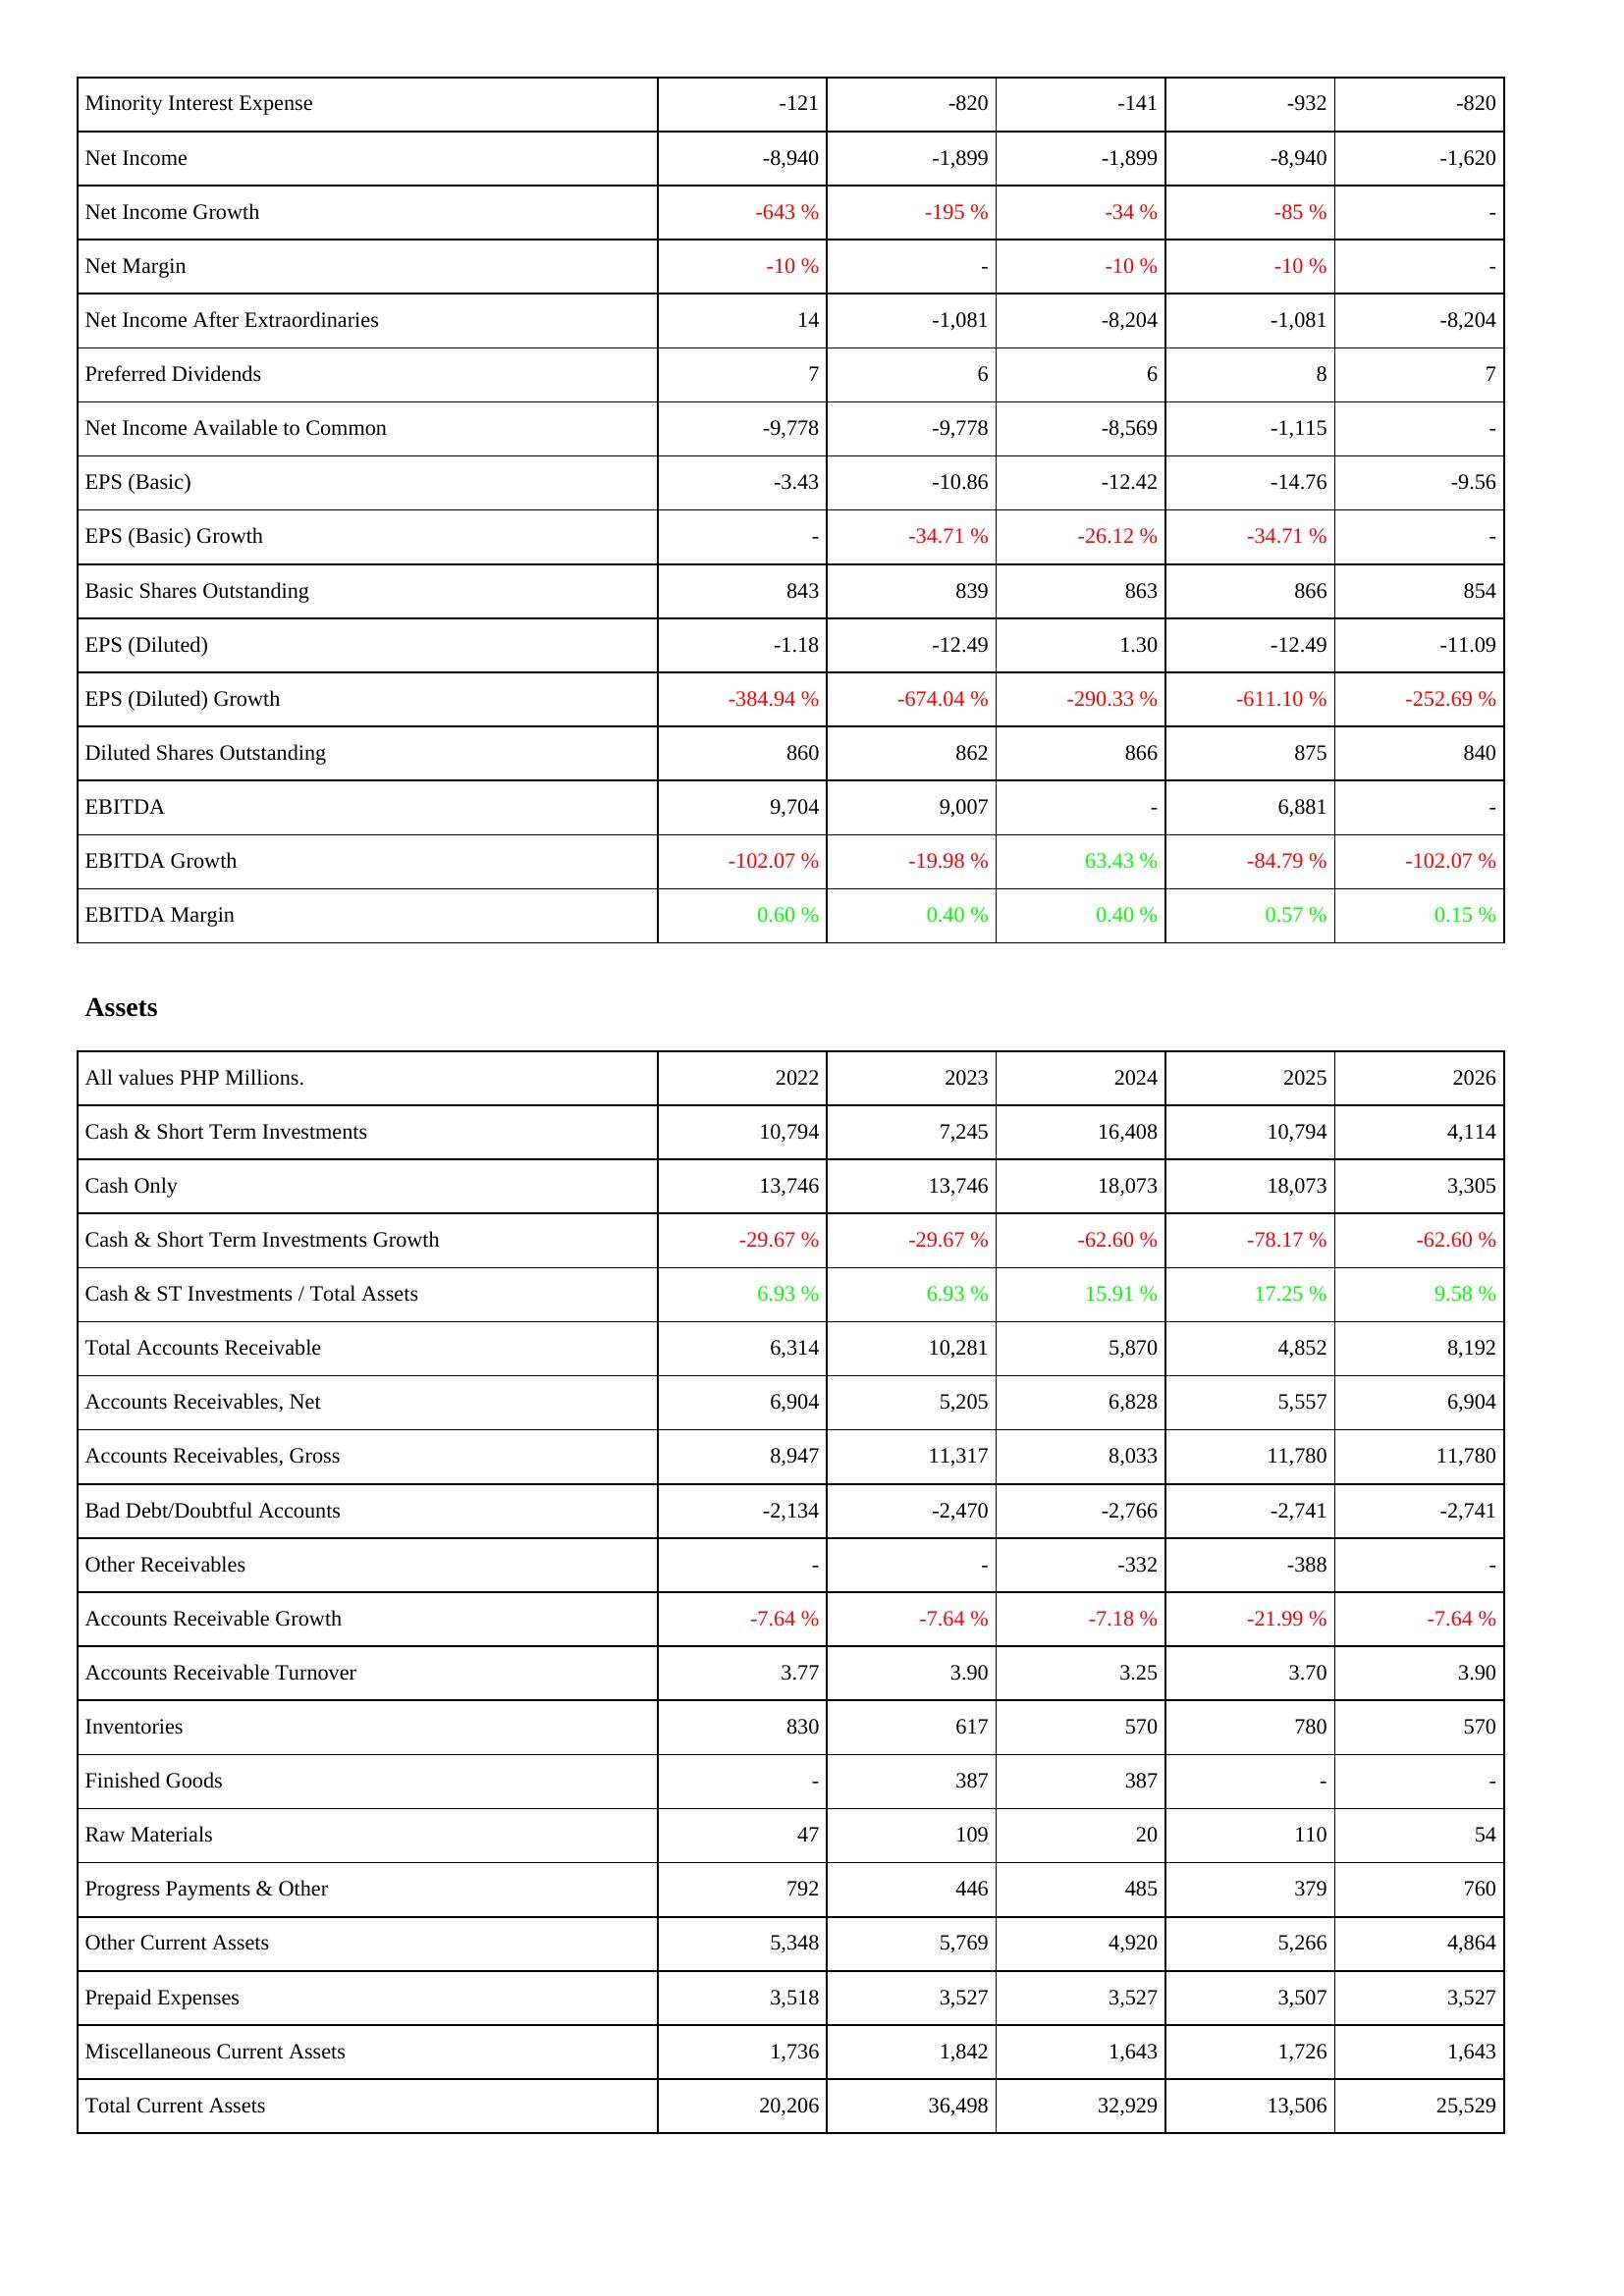
2022: Income Statement: Minority Interest Expense: -121
Net Income: -8,940
Net Income Growth: -643 %
Net Margin: -10 %
Net Income After Extraordinaries: 14
Preferred Dividends: 7
Net Income Available to Common: -9,778
EPS (Basic): -3.43
EPS (Basic) Growth: -
Basic Shares Outstanding: 843
EPS (Diluted): -1.18
EPS (Diluted) Growth: -384.94 %
Diluted Shares Outstanding: 860
EBITDA: 9,704
EBITDA Growth: -102.07 %
EBITDA Margin: 0.60 %
Assets: Cash & Short Term Investments: 10,794
Cash Only: 13,746
Cash & Short Term Investments Growth: -29.67 %
Cash & ST Investments / Total Assets: 6.93 %
Total Accounts Receivable: 6,314
Accounts Receivables, Net: 6,904
Accounts Receivables, Gross: 8,947
Bad Debt/Doubtful Accounts: -2,134
Other Receivables: -
Accounts Receivable Growth: -7.64 %
Accounts Receivable Turnover: 3.77
Inventories: 830
Finished Goods: -
Raw Materials: 47
Progress Payments & Other: 792
Other Current Assets: 5,348
Prepaid Expenses: 3,518
Miscellaneous Current Assets: 1,736
Total Current Assets: 20,206
2023: Income Statement: Minority Interest Expense: -820
Net Income: -1,899
Net Income Growth: -195 %
Net Margin: -
Net Income After Extraordinaries: -1,081
Preferred Dividends: 6
Net Income Available to Common: -9,778
EPS (Basic): -10.86
EPS (Basic) Growth: -34.71 %
Basic Shares Outstanding: 839
EPS (Diluted): -12.49
EPS (Diluted) Growth: -674.04 %
Diluted Shares Outstanding: 862
EBITDA: 9,007
EBITDA Growth: -19.98 %
EBITDA Margin: 0.40 %
Assets: Cash & Short Term Investments: 7,245
Cash Only: 13,746
Cash & Short Term Investments Growth: -29.67 %
Cash & ST Investments / Total Assets: 6.93 %
Total Accounts Receivable: 10,281
Accounts Receivables, Net: 5,205
Accounts Receivables, Gross: 11,317
Bad Debt/Doubtful Accounts: -2,470
Other Receivables: -
Accounts Receivable Growth: -7.64 %
Accounts Receivable Turnover: 3.90
Inventories: 617
Finished Goods: 387
Raw Materials: 109
Progress Payments & Other: 446
Other Current Assets: 5,769
Prepaid Expenses: 3,527
Miscellaneous Current Assets: 1,842
Total Current Assets: 36,498
2024: Income Statement: Minority Interest Expense: -141
Net Income: -1,899
Net Income Growth: -34 %
Net Margin: -10 %
Net Income After Extraordinaries: -8,204
Preferred Dividends: 6
Net Income Available to Common: -8,569
EPS (Basic): -12.42
EPS (Basic) Growth: -26.12 %
Basic Shares Outstanding: 863
EPS (Diluted): 1.30
EPS (Diluted) Growth: -290.33 %
Diluted Shares Outstanding: 866
EBITDA: -
EBITDA Growth: 63.43 %
EBITDA Margin: 0.40 %
Assets: Cash & Short Term Investments: 16,408
Cash Only: 18,073
Cash & Short Term Investments Growth: -62.60 %
Cash & ST Investments / Total Assets: 15.91 %
Total Accounts Receivable: 5,870
Accounts Receivables, Net: 6,828
Accounts Receivables, Gross: 8,033
Bad Debt/Doubtful Accounts: -2,766
Other Receivables: -332
Accounts Receivable Growth: -7.18 %
Accounts Receivable Turnover: 3.25
Inventories: 570
Finished Goods: 387
Raw Materials: 20
Progress Payments & Other: 485
Other Current Assets: 4,920
Prepaid Expenses: 3,527
Miscellaneous Current Assets: 1,643
Total Current Assets: 32,929
2025: Income Statement: Minority Interest Expense: -932
Net Income: -8,940
Net Income Growth: -85 %
Net Margin: -10 %
Net Income After Extraordinaries: -1,081
Preferred Dividends: 8
Net Income Available to Common: -1,115
EPS (Basic): -14.76
EPS (Basic) Growth: -34.71 %
Basic Shares Outstanding: 866
EPS (Diluted): -12.49
EPS (Diluted) Growth: -611.10 %
Diluted Shares Outstanding: 875
EBITDA: 6,881
EBITDA Growth: -84.79 %
EBITDA Margin: 0.57 %
Assets: Cash & Short Term Investments: 10,794
Cash Only: 18,073
Cash & Short Term Investments Growth: -78.17 %
Cash & ST Investments / Total Assets: 17.25 %
Total Accounts Receivable: 4,852
Accounts Receivables, Net: 5,557
Accounts Receivables, Gross: 11,780
Bad Debt/Doubtful Accounts: -2,741
Other Receivables: -388
Accounts Receivable Growth: -21.99 %
Accounts Receivable Turnover: 3.70
Inventories: 780
Finished Goods: -
Raw Materials: 110
Progress Payments & Other: 379
Other Current Assets: 5,266
Prepaid Expenses: 3,507
Miscellaneous Current Assets: 1,726
Total Current Assets: 13,506
2026: Income Statement: Minority Interest Expense: -820
Net Income: -1,620
Net Income Growth: -
Net Margin: -
Net Income After Extraordinaries: -8,204
Preferred Dividends: 7
Net Income Available to Common: -
EPS (Basic): -9.56
EPS (Basic) Growth: -
Basic Shares Outstanding: 854
EPS (Diluted): -11.09
EPS (Diluted) Growth: -252.69 %
Diluted Shares Outstanding: 840
EBITDA: -
EBITDA Growth: -102.07 %
EBITDA Margin: 0.15 %
Assets: Cash & Short Term Investments: 4,114
Cash Only: 3,305
Cash & Short Term Investments Growth: -62.60 %
Cash & ST Investments / Total Assets: 9.58 %
Total Accounts Receivable: 8,192
Accounts Receivables, Net: 6,904
Accounts Receivables, Gross: 11,780
Bad Debt/Doubtful Accounts: -2,741
Other Receivables: -
Accounts Receivable Growth: -7.64 %
Accounts Receivable Turnover: 3.90
Inventories: 570
Finished Goods: -
Raw Materials: 54
Progress Payments & Other: 760
Other Current Assets: 4,864
Prepaid Expenses: 3,527
Miscellaneous Current Assets: 1,643
Total Current Assets: 25,529